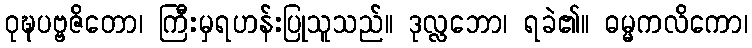
ဝုဍ္ဎပဗ္ဗဇိတော၊ ကြီးမှရဟန်းပြုသူသည်။ ဒုလ္လဘော၊ ရခဲ၏။ ဓမ္မကလိကော၊